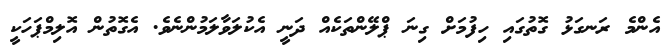
އެންމެ ރަނގަޅު ގޮތުގައި ހިފުމަށް ގިނަ ޕްލޭންތަކެއް ދަނީ އެކުލަވާލަމުންނެވެ. އެގޮތުން އޮލިމްޕަހަކީ